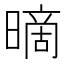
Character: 𰖪